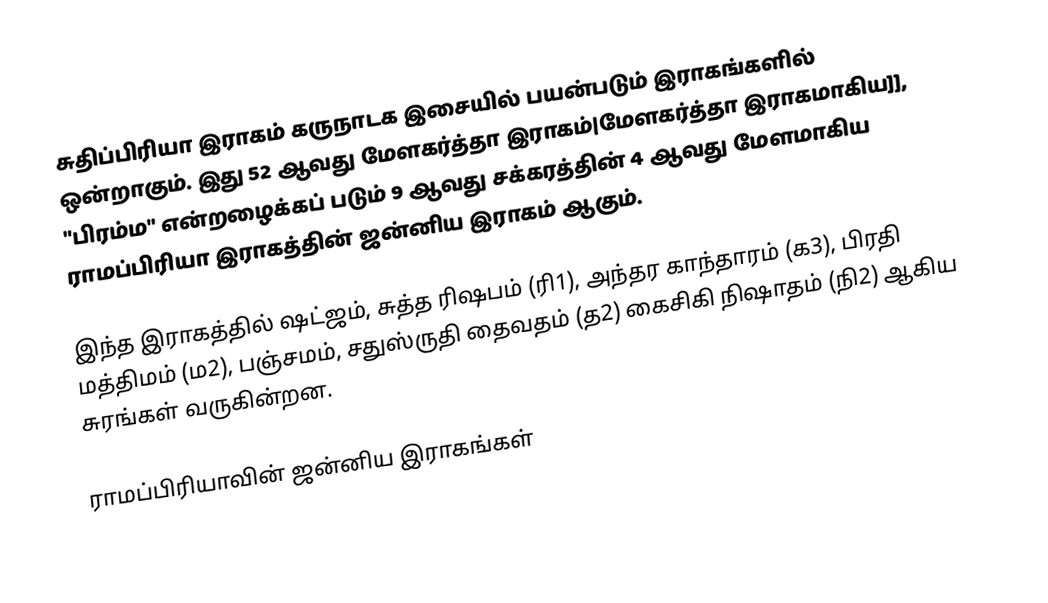
சுதிப்பிரியா இராகம் கருநாடக இசையில் பயன்படும் இராகங்களில் ஒன்றாகும். இது 52 ஆவது மேளகர்த்தா இராகம்|மேளகர்த்தா இராகமாகிய]], "பிரம்ம" என்றழைக்கப் படும் 9 ஆவது சக்கரத்தின் 4 ஆவது மேளமாகிய ராமப்பிரியா இராகத்தின் ஜன்னிய இராகம் ஆகும்.

இந்த இராகத்தில் ஷட்ஜம், சுத்த ரிஷபம் (ரி1),  அந்தர காந்தாரம் (க3), பிரதி மத்திமம் (ம2), பஞ்சமம்,  சதுஸ்ருதி தைவதம் (த2) கைசிகி நிஷாதம்  (நி2) ஆகிய சுரங்கள் வருகின்றன.

ராமப்பிரியாவின் ஜன்னிய இராகங்கள்